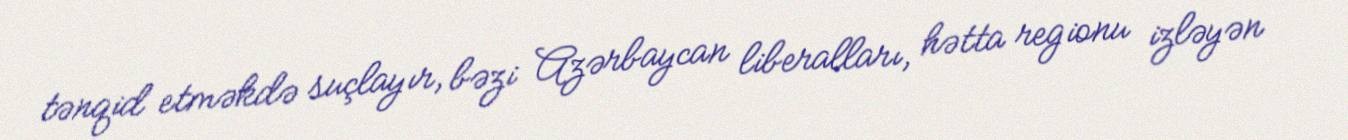
tənqid etməkdə suçlayır, bəzi Azərbaycan liberalları, hətta regionu izləyən